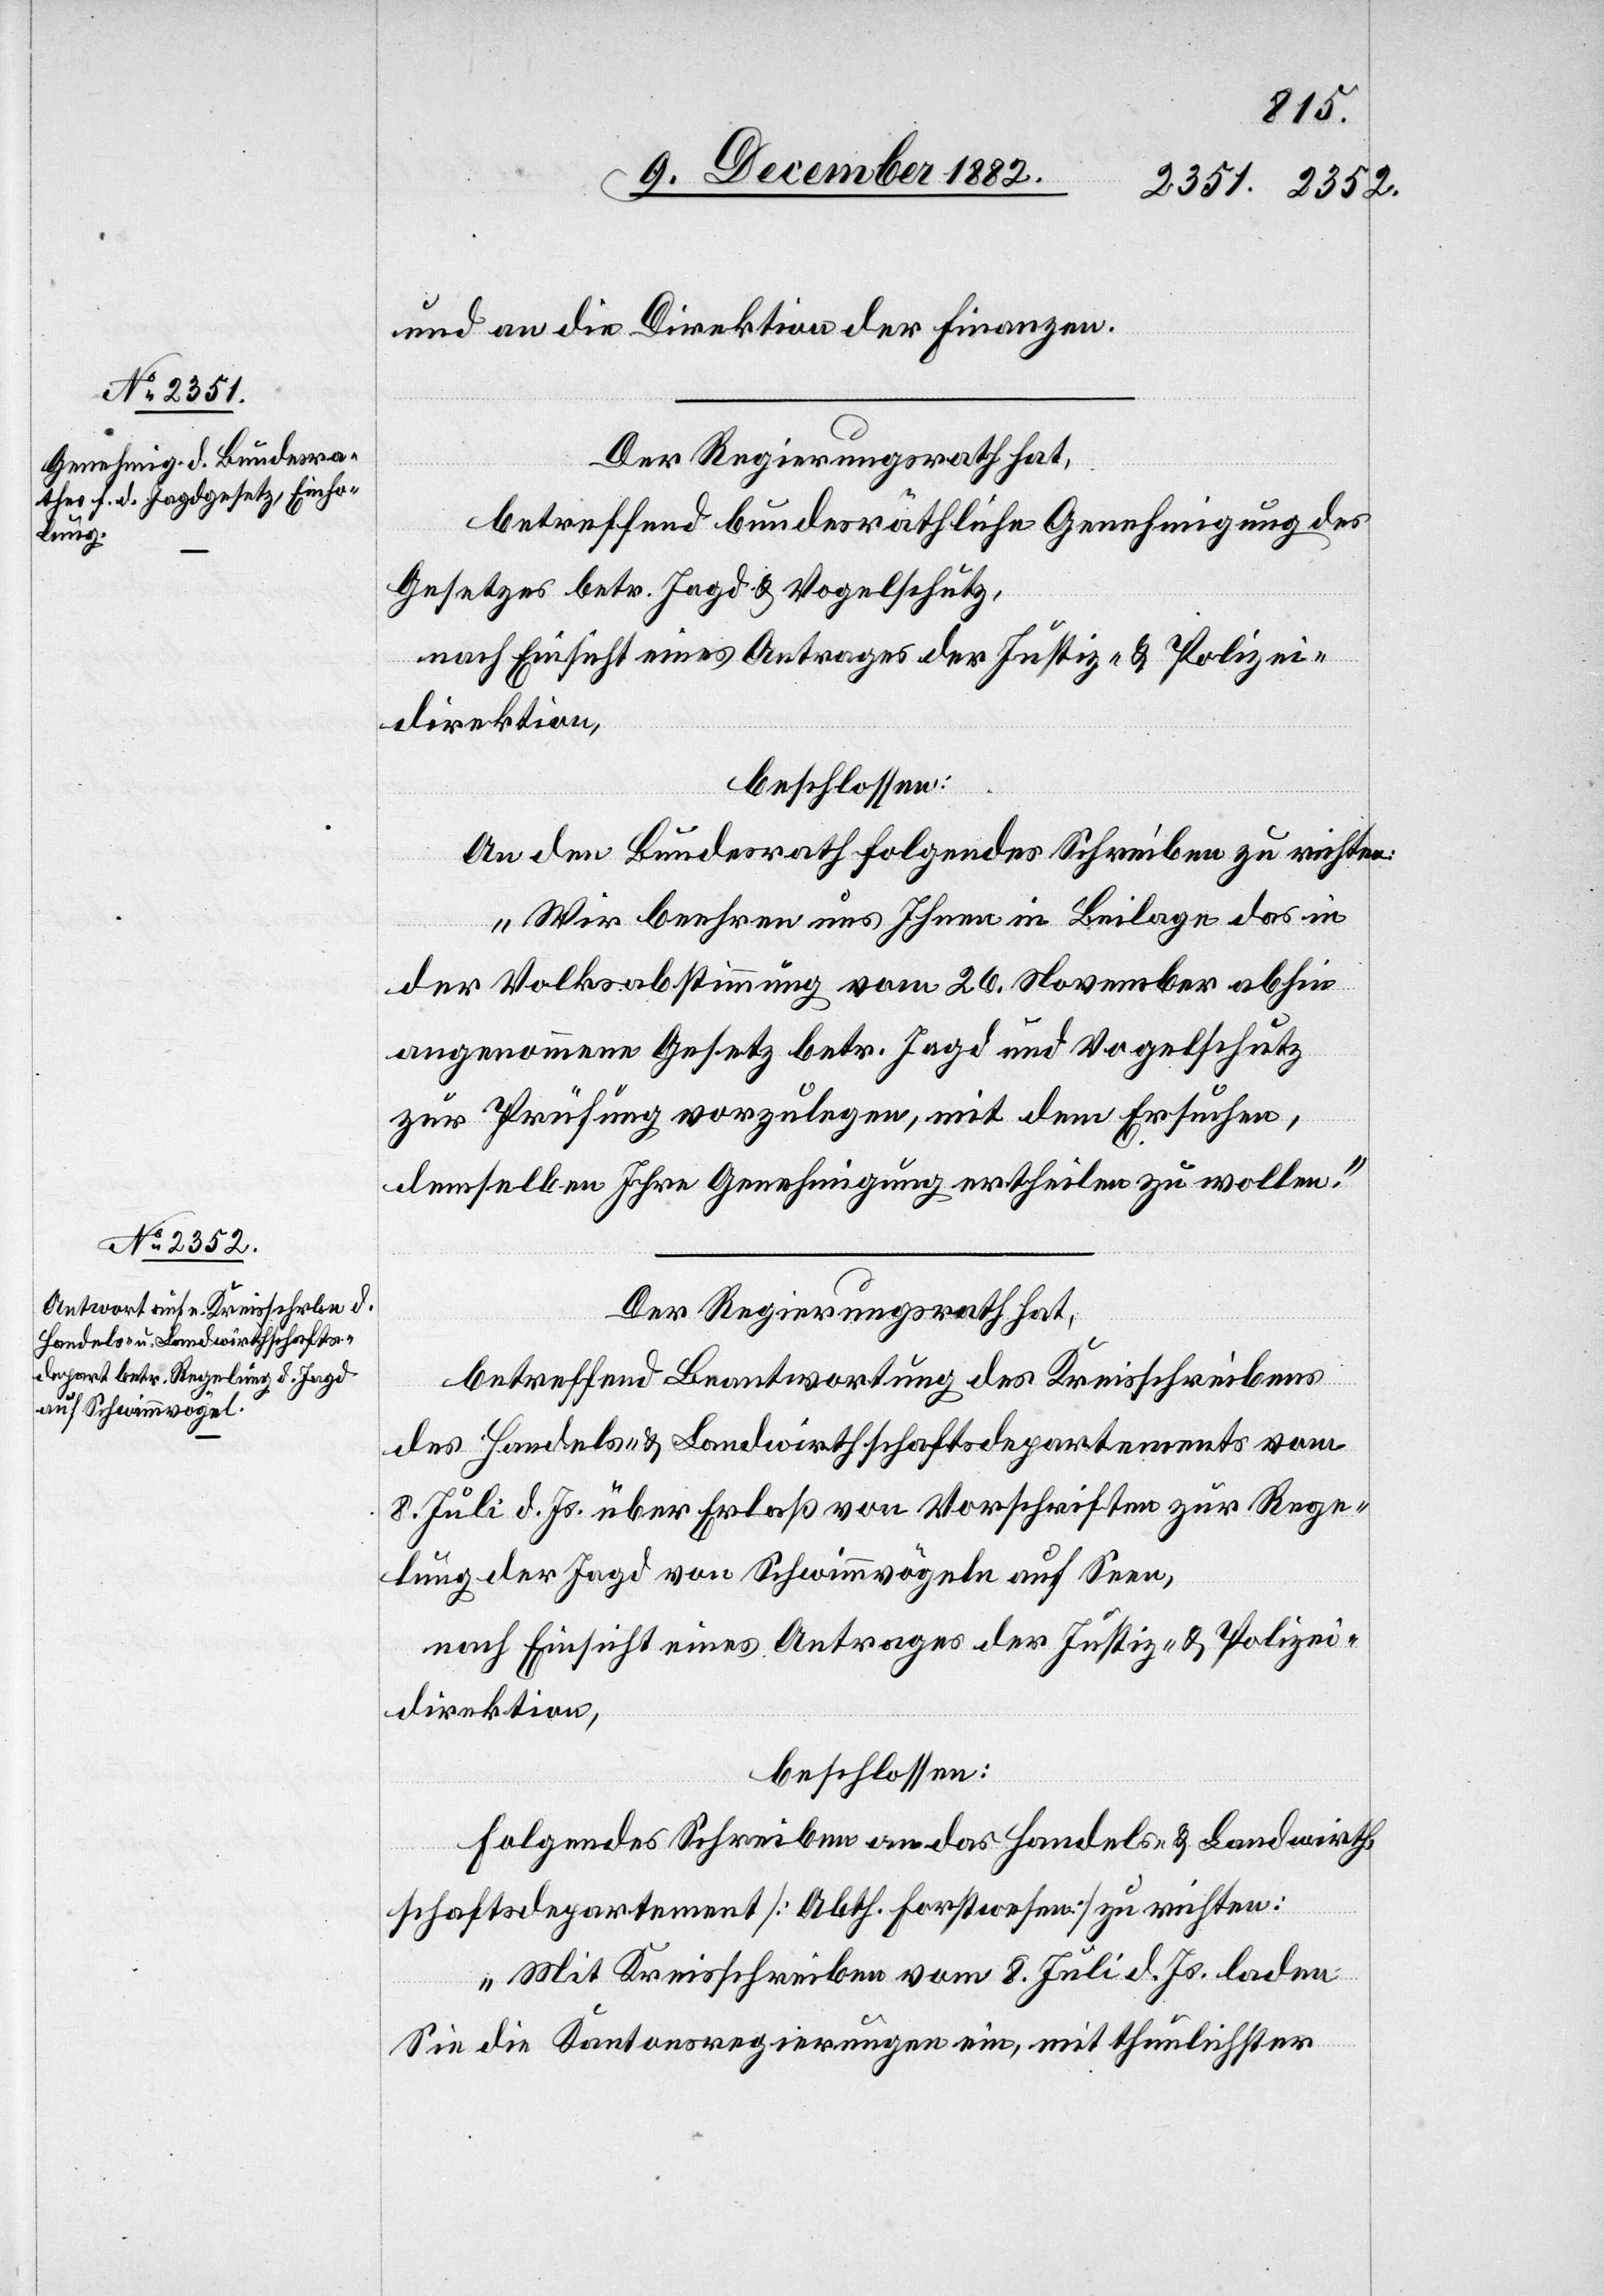
und an die Direktion der Finanzen.
Der Regierungsrath hat,
betreffend bundesräthliche Genehmigung des
Gesetzes betr. Jagd & Vogelschutz,
nach Einsicht eines Antrages der Justiz- & Polizei¬
direktion,
beschlossen:
An den Bundesrath folgendes Schreiben zu richten:
„Wir beehren uns Ihnen in Beilage das in
der Volksabstimmung vom 26. November abhin
angenommene Gesetz betr. Jagd und Vogelschutz
zur Prüfung vorzulegen, mit dem Ersuchen,
demselben Ihre Genehmigung ertheilen zu wollen.“
Der Regierungsrath hat,
betreffend Beantwortung des Kreisschreibens
des Handels- & Landwirthschaftsdepartements vom
8. Juli d. Js. über Erlaß von Vorschriften zur Rege¬
lung der Jagd von Schwimmvögeln auf Seen,
nach Einsicht eines Antrages der Justiz- & Polizei¬
direktion,
beschlossen:
Folgendes Schreiben an das Handels- & Landwirth¬
schaftsdepartement [Abth. Forstwesen] zu richten:
„Mit Kreisschreiben vom 8. Juli d. Js. laden
Sie die Kantonsregierungen ein, mit thunlichster